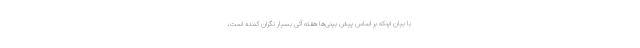
با بیان اینکه بر اساس پیش بینی‌ها هفته آتی بسیار نگران کننده است،